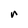
Character: n